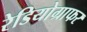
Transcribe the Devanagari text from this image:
रेडियोग्राफर